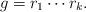
LaTeX: \begin{align*}g = r_1 \cdots r_k.\end{align*}